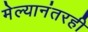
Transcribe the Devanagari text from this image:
मेल्यानंतरही